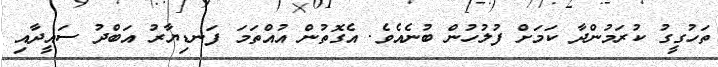
ތަހުގީގު ކުރަމުންދާ ކަމަށް ފުލުހުން ބުނެއެވެ. އެގޮތުން އުއްތަމަ ފަނޑިޔާރު އަބްދު ސައީދާއި